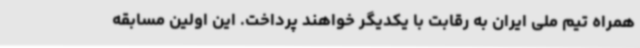
همراه تیم ملی ایران به رقابت با یکدیگر خواهند پرداخت. این اولین مسابقه